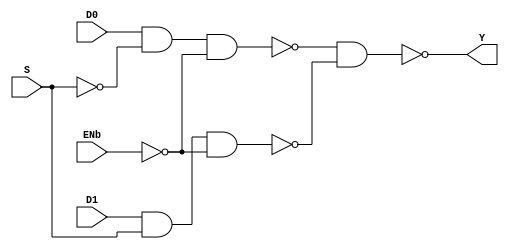
module MUX21 (
    output Y,
    input D0, D1, S, ENb);

    not (Sb, S);
    not (EN, ENb);
    nand (im0, D0, Sb, EN);
    nand (im1, D1, S, EN);
    nand (Y, im0, im1);

    specify
        specparam t_rise = 1:1:1, t_fall = 1:1:1;
        (D0 => Y) = (t_rise, t_fall);
        (D1 => Y) = (t_rise, t_fall);
    endspecify

endmodule